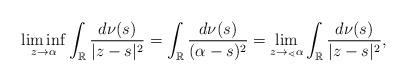
LaTeX: \begin{align*}\liminf_{z\rightarrow\alpha}\int_\mathbb{R}\frac{d\nu(s)}{|z-s|^2}=\int_\mathbb{R}\frac{d\nu(s)}{(\alpha-s)^2}=\lim_{z\rightarrow_{\sphericalangle}\alpha}\int_\mathbb{R}\frac{d\nu(s)}{|z-s|^2},\end{align*}